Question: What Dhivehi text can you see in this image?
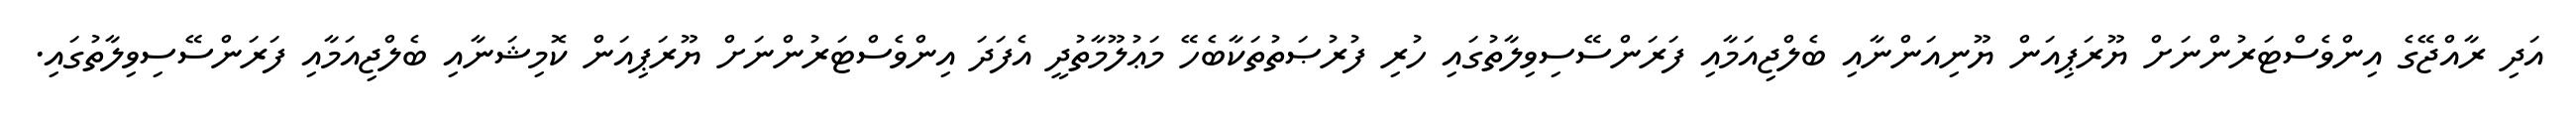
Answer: އަދި ރާއްޖޭގެ އިންވެސްޓަރުންނަށް ޔޫރަޕިއަން ޔޫނިއަންނާއި ބެލްޖިއަމާއި ފަރަންސޭސިވިލާތުގައި ހުރި ފުރުޞަތުތަކާބެހޭ މަޢުލޫމާތުދީ އެފަދަ އިންވެސްޓަރުންނަށް ޔޫރަޕިއަން ކޮމިޝަނާއި ބެލްޖިއަމާއި ފަރަންސޭސިވިލާތުގައި.